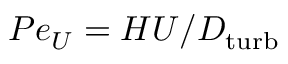
P e _ { U } = H U / D _ { \mathrm { t u r b } }